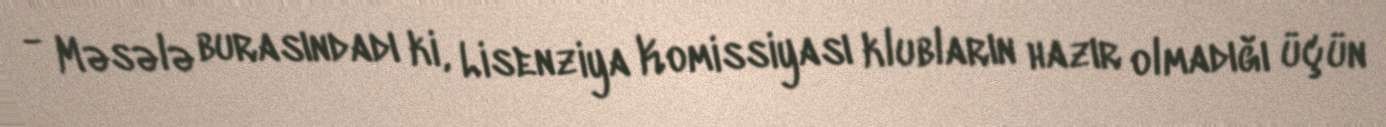
- Məsələ burasındadı ki, Lisenziya Komissiyası klubların hazır olmadığı üçün